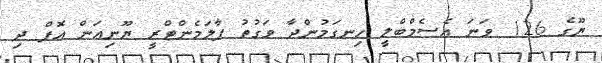
ޔޫގެ 126 ވަނަ އެސެމްބްލީ ހިނގަމުންދާ ވަގުތު ޕާލަމެންޓްރީ ޔޫނިއަން އޮފް ދި